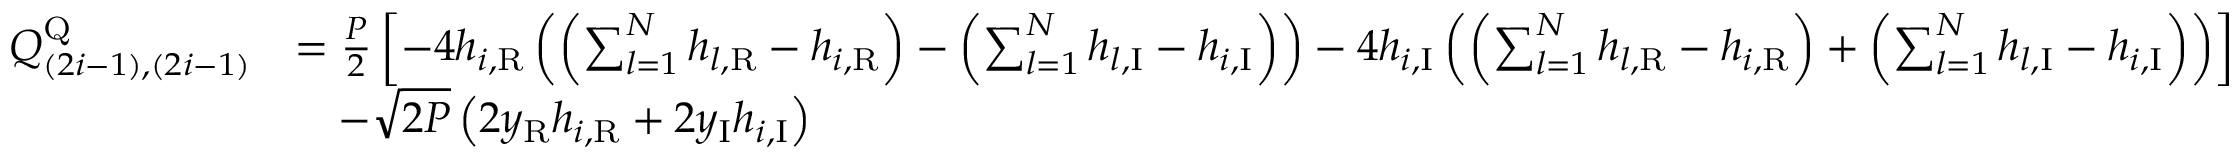
\begin{array} { r l } { Q _ { ( 2 i - 1 ) , ( 2 i - 1 ) } ^ { \mathrm { Q } } } & { = \frac { P } { 2 } \left[ - 4 h _ { i , \mathrm { R } } \left( \left( \sum _ { l = 1 } ^ { N } h _ { l , \mathrm { R } } - h _ { i , \mathrm { R } } \right) - \left( \sum _ { l = 1 } ^ { N } h _ { l , \mathrm { I } } - h _ { i , \mathrm { I } } \right) \right) - 4 h _ { i , \mathrm { I } } \left( \left( \sum _ { l = 1 } ^ { N } h _ { l , \mathrm { R } } - h _ { i , \mathrm { R } } \right) + \left( \sum _ { l = 1 } ^ { N } h _ { l , \mathrm { I } } - h _ { i , \mathrm { I } } \right) \right) \right] } \\ & { ~ ~ ~ - \sqrt { 2 P } \left( 2 y _ { \mathrm { R } } h _ { i , \mathrm { R } } + 2 y _ { \mathrm { I } } h _ { i , \mathrm { I } } \right) } \end{array}